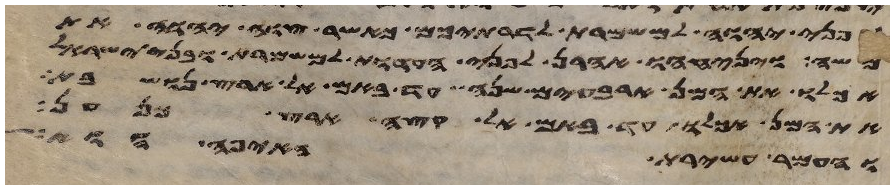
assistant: לפני יהוה למשמרת לדרתיכם כאשר צוה יהוה את
משה ויניחהו אהרן לפני העדות למשמרת ובני ישראל
אכלו את המן ארבעים שנה עד באם אל ארץ נושבת
את המן אכלו עד באם אל קצה ארץ כנען
והעמר עשירת האיפה הוא